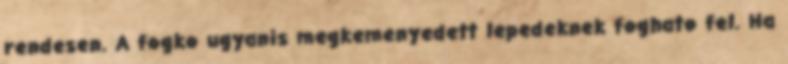
rendesen. A fogko ugyanis megkemenyedett lepedeknek foghato fel. Ha